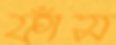
ফাঁস